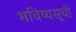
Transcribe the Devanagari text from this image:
भविष्यसूची